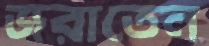
জরাতেন